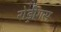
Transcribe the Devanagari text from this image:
रोड्रीगस